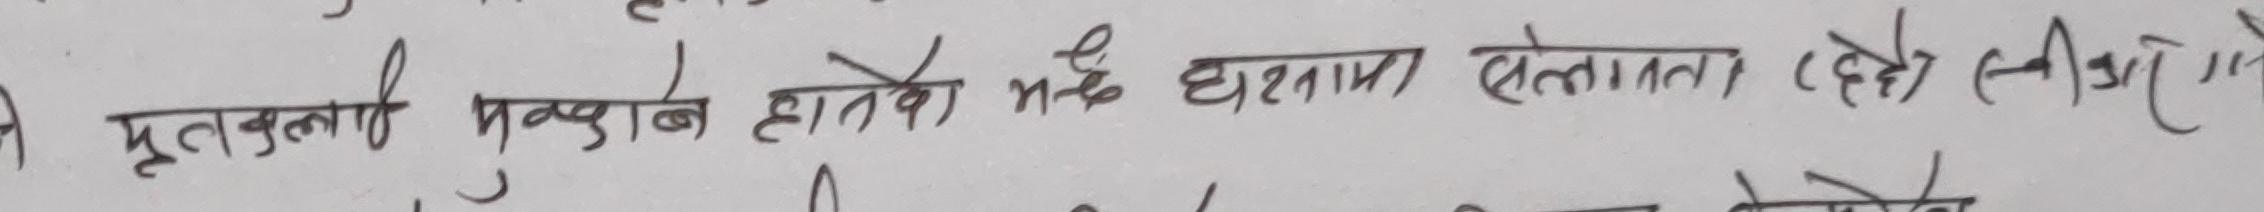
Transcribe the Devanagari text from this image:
मृतकलाई मुद्दाले हातेको महँ घराना सेलताता (हेहे तीलीमे)